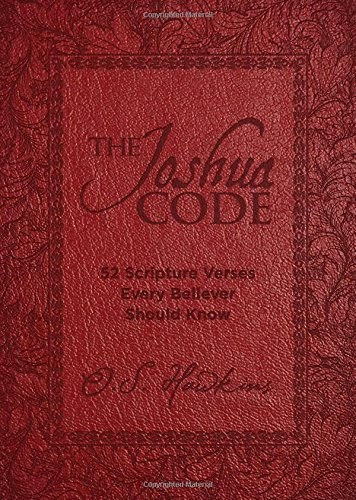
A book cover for The Joshua Code: 52 Scripture Verses Every Believer Should Know; O. S. Hawkins; Christian Books & Bibles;